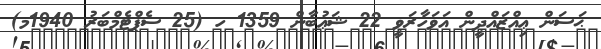
ޙަސަން ޢިއްޒައްދީން އަވަހާރަވީ 22 ޝަޢުބާން 1359 ހ (25 ސެޕްޓެމްބަރު 1940މ)